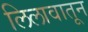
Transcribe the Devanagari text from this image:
लिलावातून